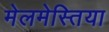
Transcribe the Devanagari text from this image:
मेलमेस्तिया